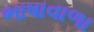
ભાષાવાળા